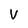
Character: V